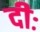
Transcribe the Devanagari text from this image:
दीः